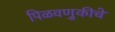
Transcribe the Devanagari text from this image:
पिळवणुकीचे